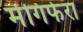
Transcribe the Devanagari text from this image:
मेंगिफेरा